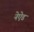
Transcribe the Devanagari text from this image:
नेऐड